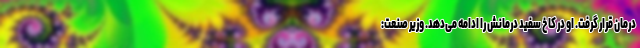
درمان قرار گرفت. او در کاخ سفید درمانش را ادامه می‌دهد. وزیر صنعت: